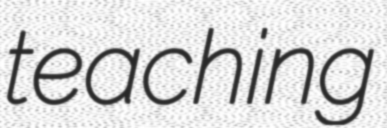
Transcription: teaching